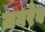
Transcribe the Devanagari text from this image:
ज़गरेब